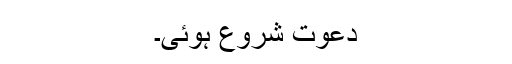
دعوت شروع ہوئی۔